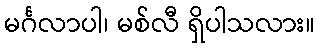
မင်္ဂလာပါ၊ မစ်လီ ရှိပါသလား။